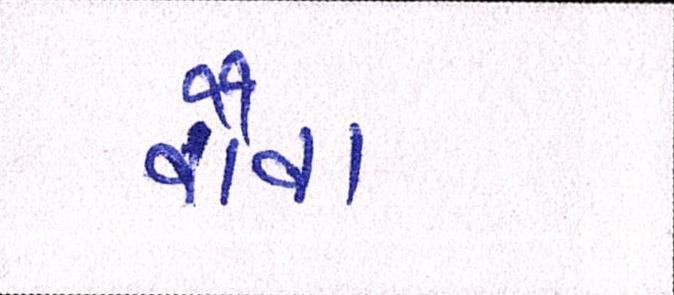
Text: વૌવા